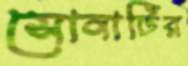
সোনাটির